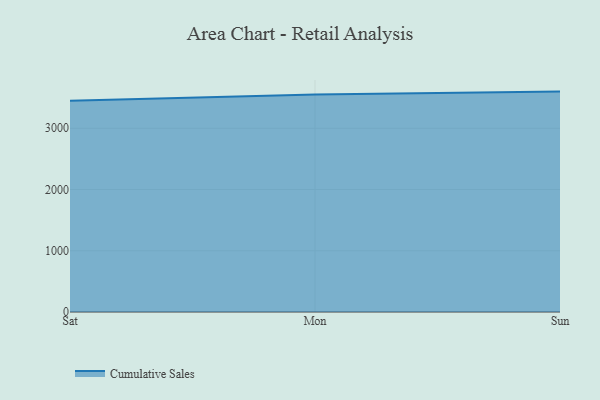
{"axis": {"x": "Day", "y": "Conversion Rate (%)"}, "legend": ["Cumulative Sales"], "data": [{"x": "Sat", "y": 3450.0, "type": "Cumulative Sales"}, {"x": "Mon", "y": 3550.5, "type": "Cumulative Sales"}, {"x": "Sun", "y": 3598.8, "type": "Cumulative Sales"}]}